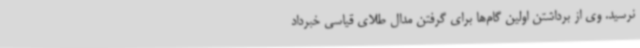
نرسید. وی از برداشتن اولین گام‌ها برای گرفتن مدال طلای قیاسی خبرداد